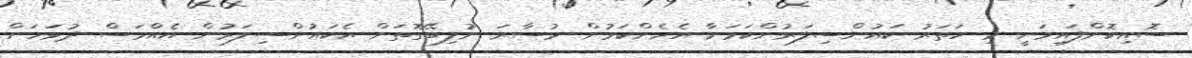
ސޮއިކޮށްފައިވަނީ މި ހަތަރު ކައުންސިލަރުންކަމަށާ އެހެންކަމުން މުސާރަ ނުލިބޭގޮތަށް އެކައުންސިލަރުން އެއްމަސް ދުވަހަށް